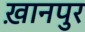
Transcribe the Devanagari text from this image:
ख़ानपुर